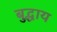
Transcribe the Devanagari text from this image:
बुद्धाय